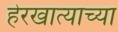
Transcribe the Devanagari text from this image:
हेरखात्याच्या